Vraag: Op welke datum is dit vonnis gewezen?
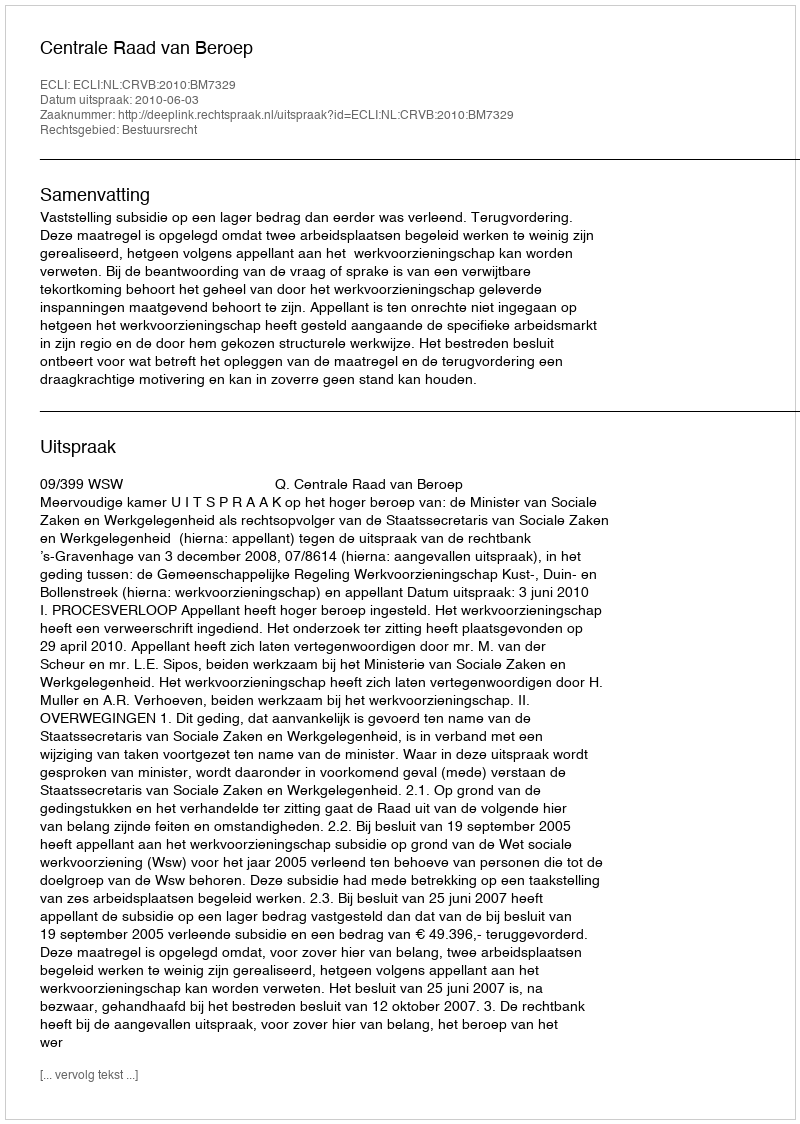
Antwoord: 2010-06-03